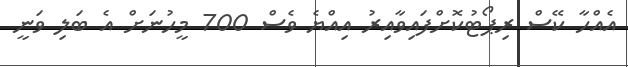
އެއްހާ ކޭސް ރިޕޯޓުކޮށްފައިވާއިރު އިއްޔެ ވެސް 700 މީހުނަށް އެ ބަލި ވަނީ